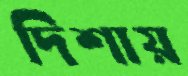
দিশায়